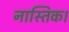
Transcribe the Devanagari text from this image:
नास्तिक।